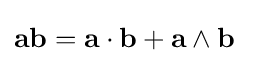
\mathbf {ab} =\mathbf {a\cdot b} +\mathbf {a\wedge b} \